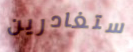
ستغادرين